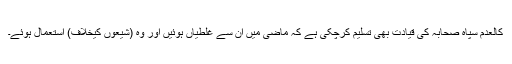
کالعدم سپاہ صحابہ کی قیادت بھی تسلیم کرچکی ہے کہ ماضی میں ان سے غلطیاں ہوئیں اور وہ (شیعوں کیخلاف) استعمال ہوئے۔